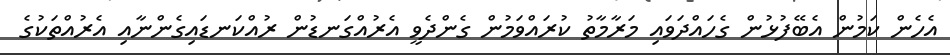
އެހެން ކަމުން އެބޭފުޅުން ގެހައްދަވައި މަރާމާތު ކުރައްވަމުން ގެންދެވީ އެރުއްގަނޑުން ރުއްކަނޑައިގެންނާއި އެރުއްތަކުގެ